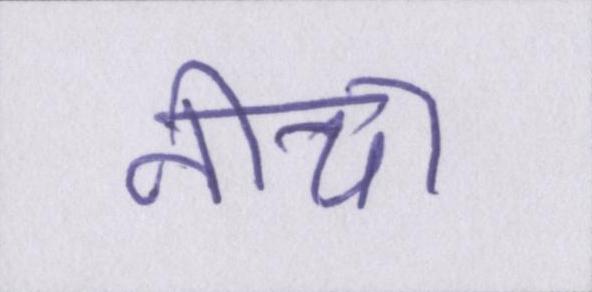
नीचा